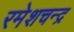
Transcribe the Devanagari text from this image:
रमेशचन्‍द्र